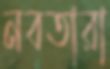
নবতারা